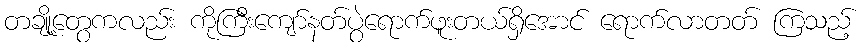
တချို့တွေကလည်း ကိုကြီးကျော်နတ်ပွဲရောက်ဖူးတယ်ရှိအောင် ရောက်လာတတ် ကြသည့်